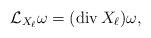
LaTeX: \begin{align*} \mathcal{L}_{X_{\ell}} \omega = (\operatorname{div} X_{\ell})\omega,\end{align*}